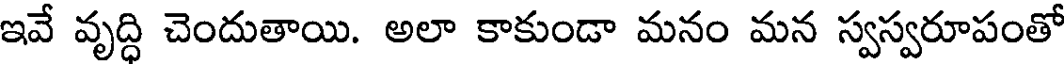
ఇవే వృద్ధి చెందుతాయి. అలా కాకుండా మనం మన స్వస్వరూపంతో